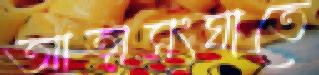
আত্মসংঘাতে